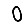
Digit: 0